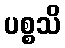
ပစ္စသိ